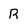
Character: B